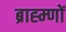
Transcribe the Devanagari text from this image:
ब्राह्म्णों